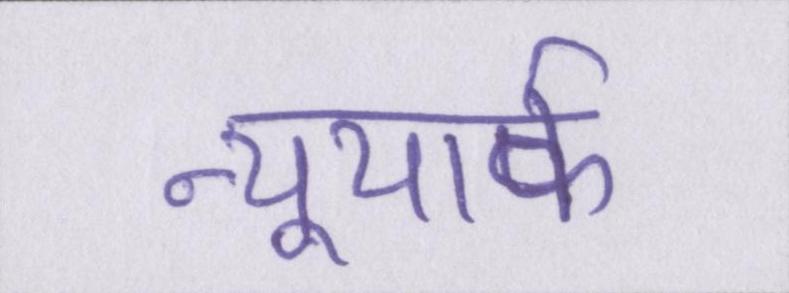
न्यूयार्क